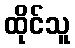
ထိုင်သူ